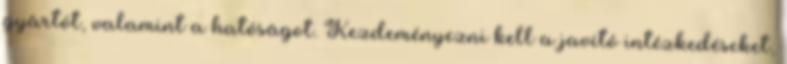
gyártót, valamint a hatóságot. Kezdeményezni kell a javító intézkedéseket,